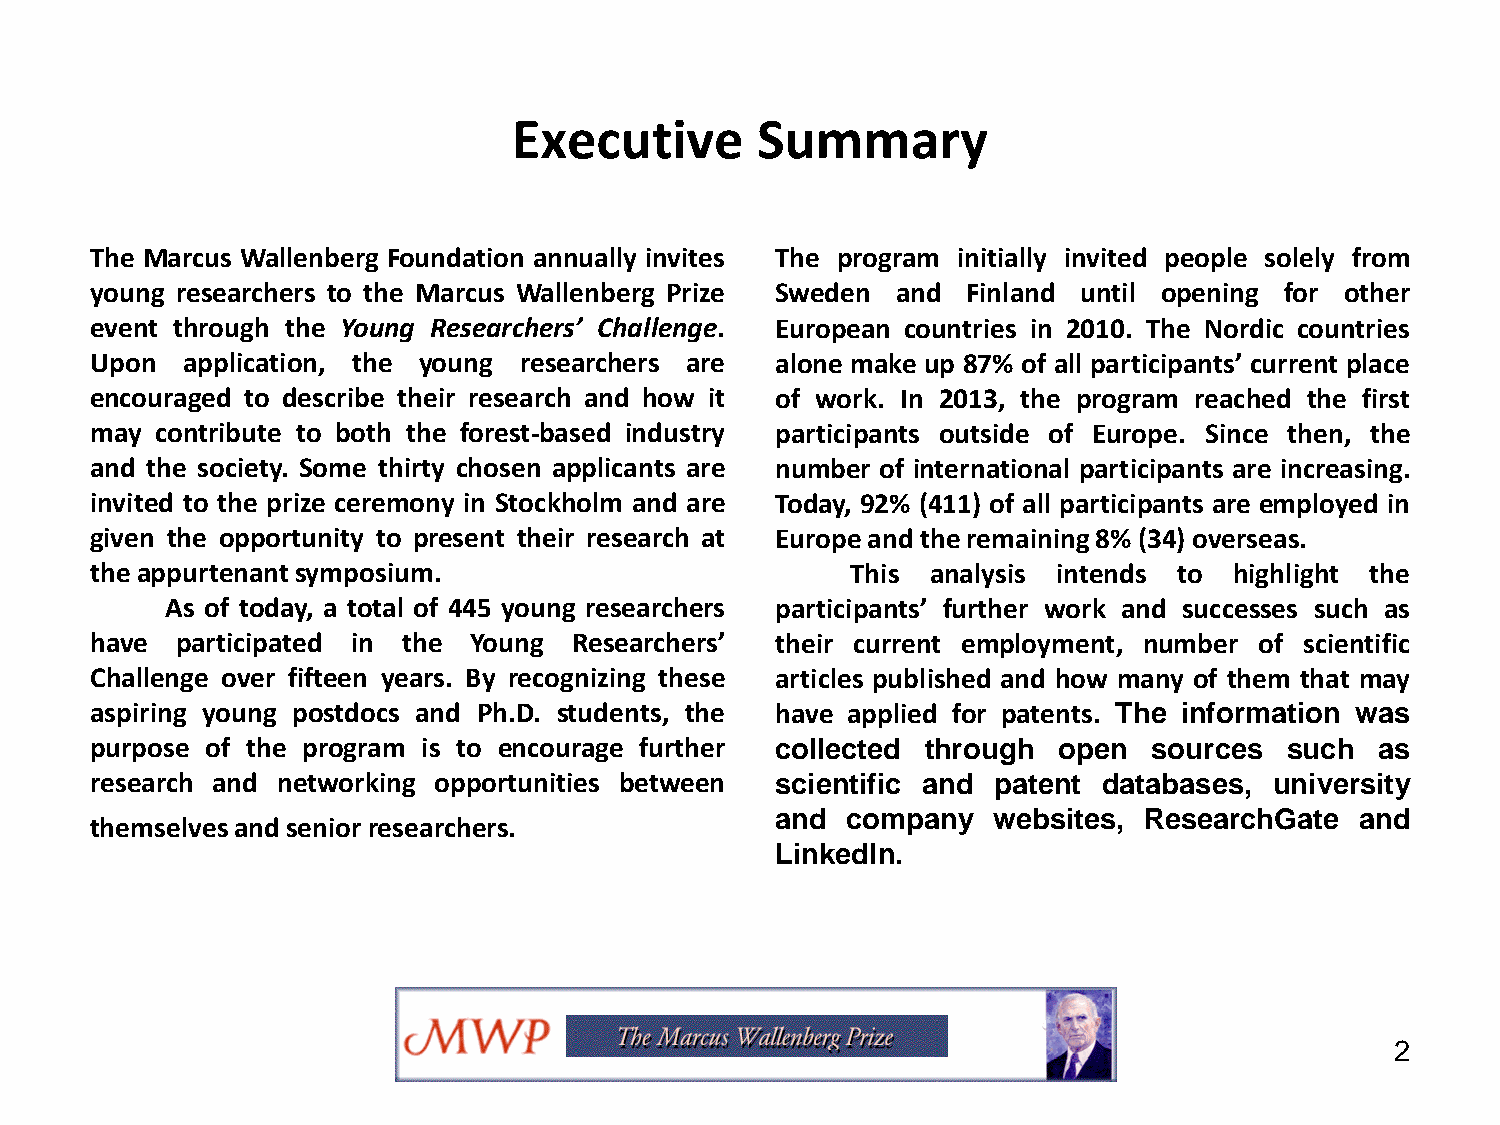
Executive       Summary
 The Marcus Wallenberg Foundation annually invites The program initially invited people solely from
 young researchers to the Marcus Wallenberg Prize Sweden and Finland until opening for other
 event through the Young Researchers’ Challenge. European countries in 2010. The Nordic countries
 Upon  application, the young researchers are alone make up 87% of all participants’ current place
 encouraged to describe their research and how it of work. In 2013, the program reached the first
 may contribute to both the forest-based industry participants outside of Europe. Since then, the
 and the society. Some thirty chosen applicants are number of international participants are increasing.
 invited to the prize ceremony in Stockholm and are Today, 92% (411) of all participants are employed in
 given the opportunity to present their research at Europeand theremaining8% (34) overseas.
 theappurtenantsymposium.                          This  analysis intends to highlight the
 As of today, a total of 445 young researchers participants’ further work and successes such as
 have  participated in the Young Researchers’ their current employment, number of scientific
 Challenge over fifteen years. By recognizing these articles published and how many of them that may
 aspiring young postdocs and Ph.D. students, the have applied for patents. The information was
 purpose of the program is to encourage further collected through open sources  such  as
 research and networking opportunities between scientific and patent databases, university
 and  company   websites, ResearchGate  and
 themselvesandseniorresearchers.
 LinkedIn.
 2